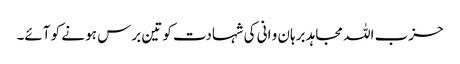
حزب اللہ مجاہد برہان و انی کی شہادت کو تین برس ہو نے کو آئے۔